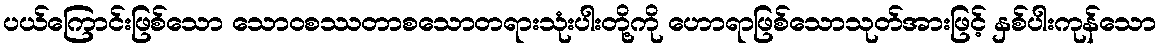
ပယ်ကြောင်းဖြစ်သော သောဝစဿတာစသောတရားသုံးပါးတို့ကို ဟောရာဖြစ်သောသုတ်အားဖြင့် နှစ်ပါးကုန်သော